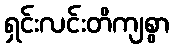
ရှင်းလင်းတိကျစွာ